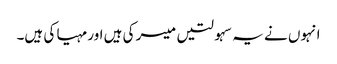
انہوں نے یہ سہولتیں میسر کی ہیں اور مہیا کی ہیں۔